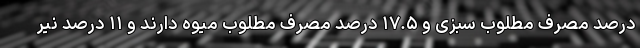
درصد مصرف مطلوب سبزی و ۱۷.۵ درصد مصرف مطلوب میوه دارند و ۱۱ درصد نیر